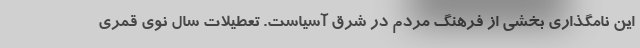
این نامگذاری بخشی از فرهنگ مردم در شرق آسیاست. تعطیلات سال نوی قمری